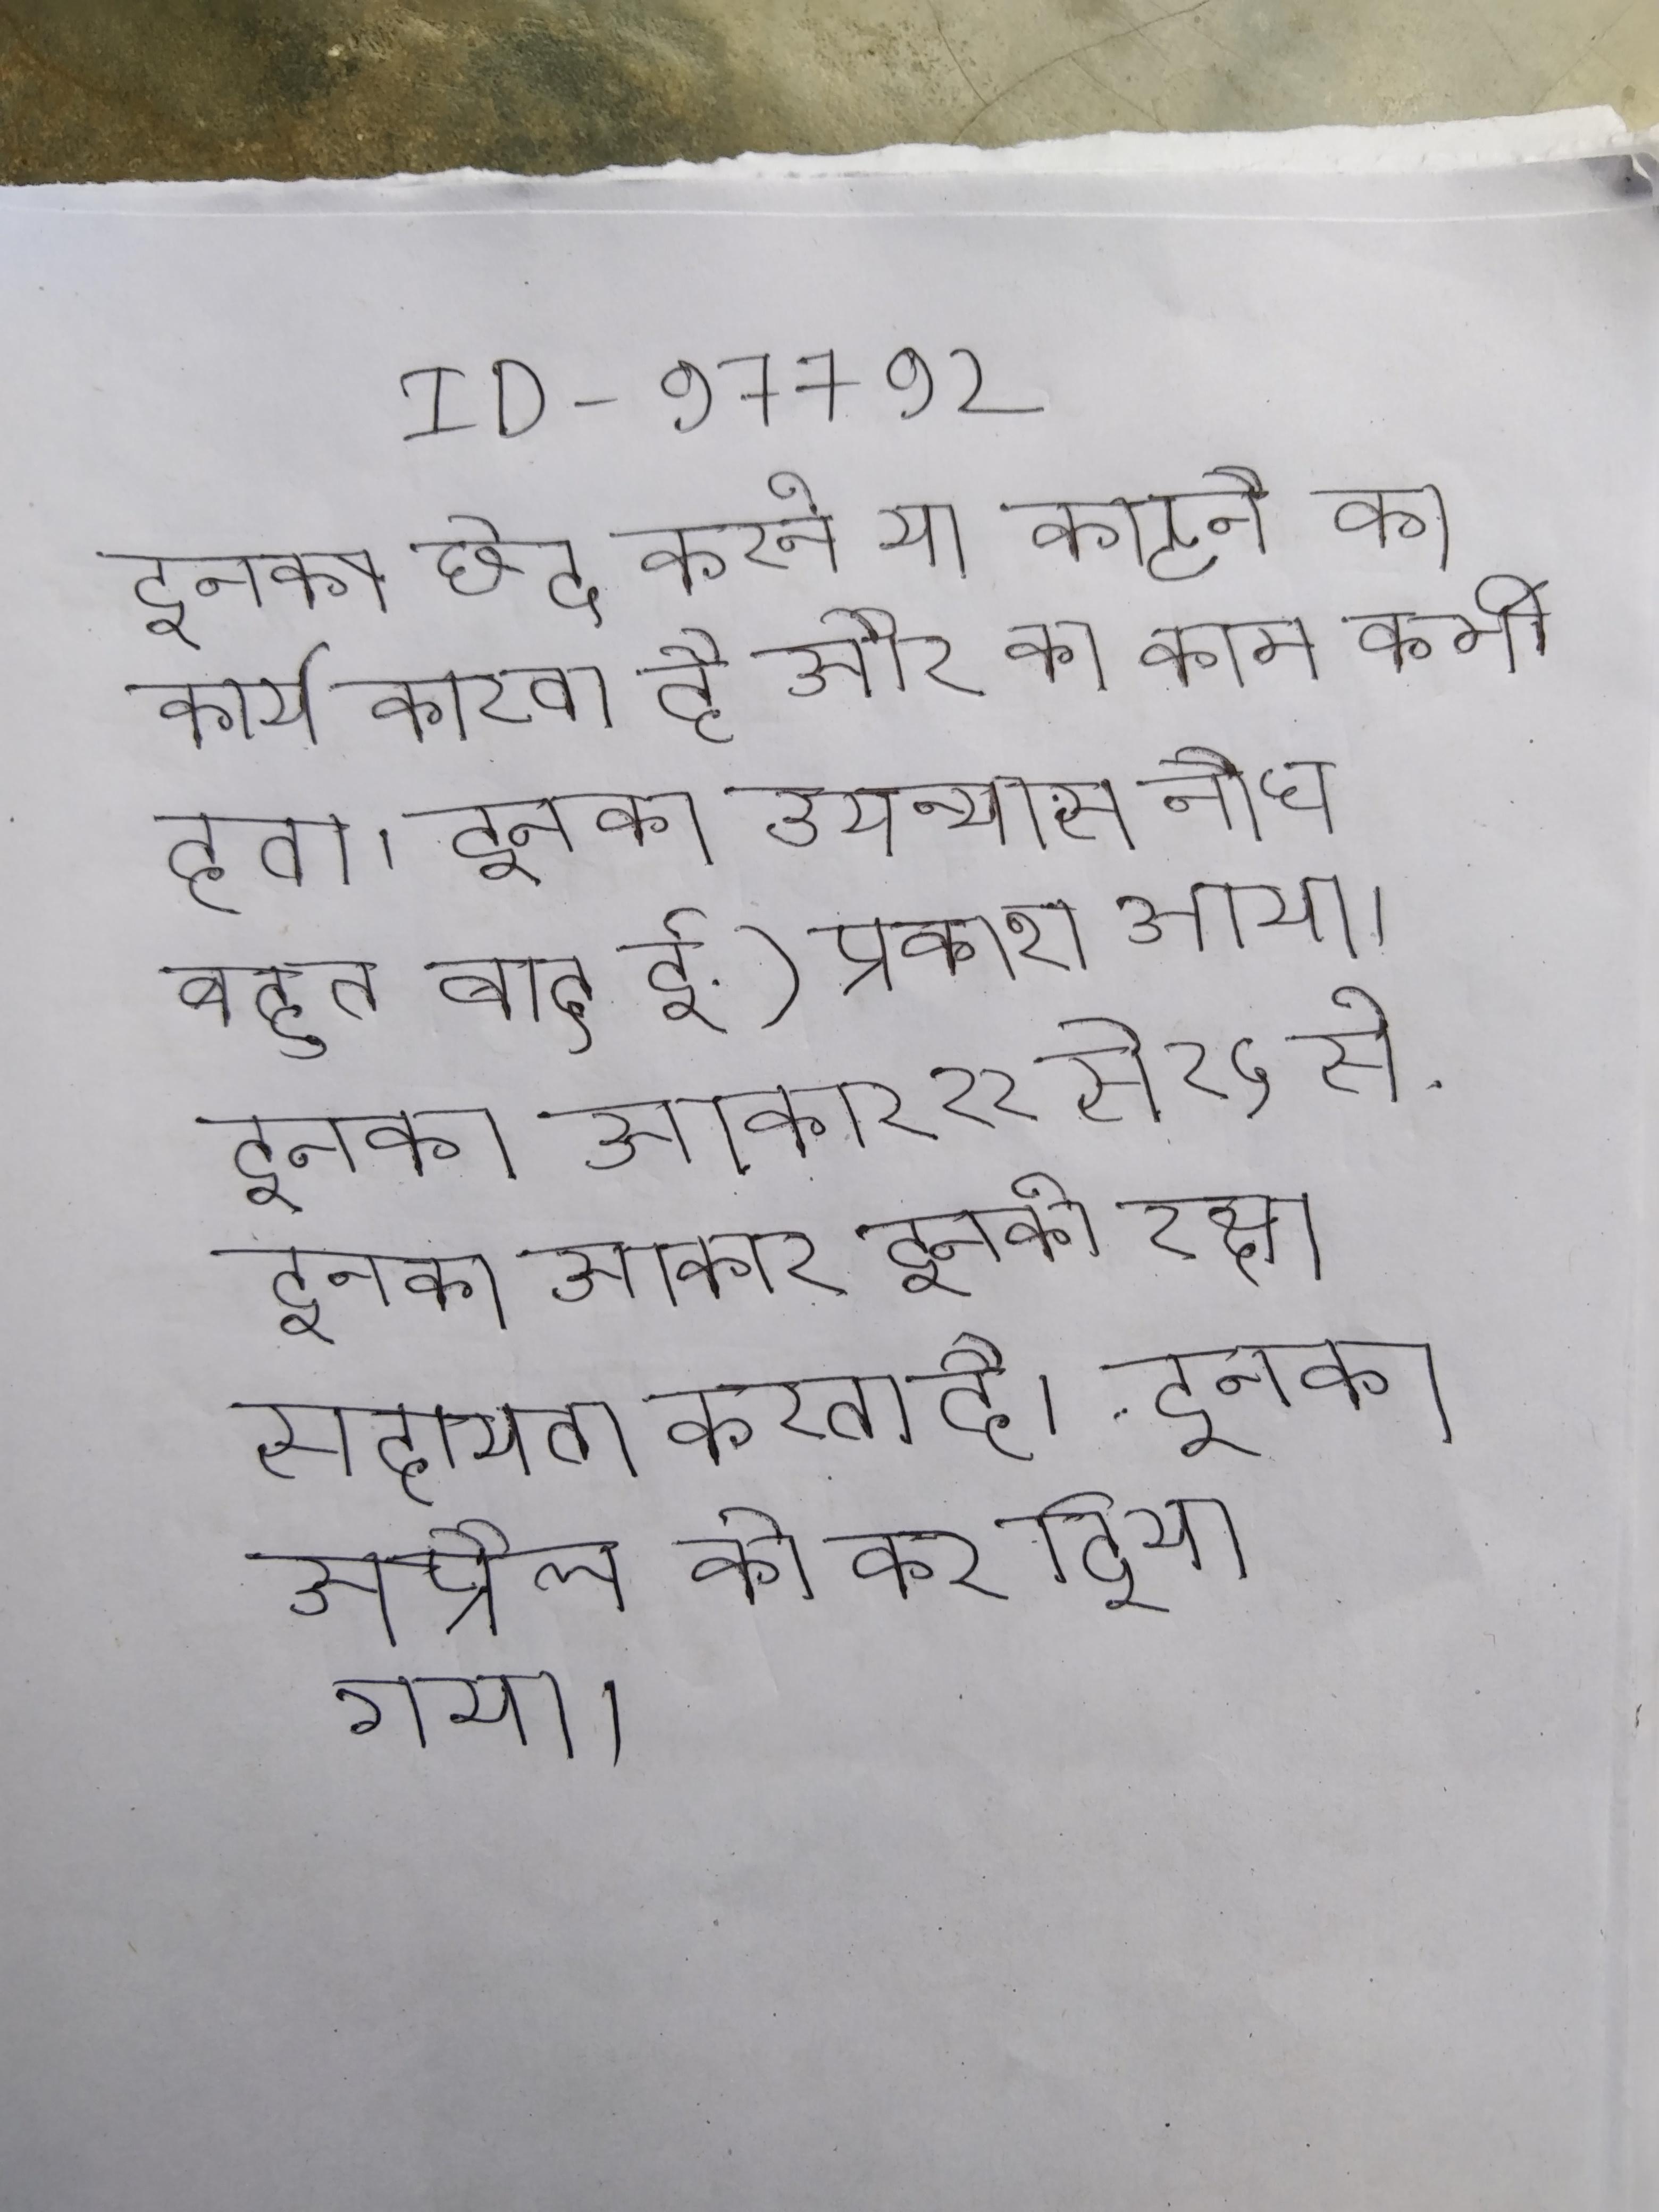
इनका छेद करने या काटने का कार्य करता है और का काम कभी देता । इनका उपन्यास नौध बहुत बाद ई.) प्रकाश आया । इनका अप्रैल को कर दिया गया । इनका आकार २२ से २५ से . इनका आकार इनकी रक्षा सहायता करता है ।